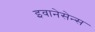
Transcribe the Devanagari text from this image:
इवानेसेन्स